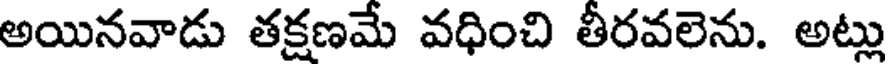
అయినవాడు తక్షణమే వధించి తీరవలెను. అట్లు